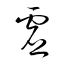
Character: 虚